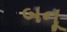
બનૂ